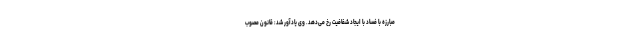
مبارزه با فساد با ایجاد شفافیت رخ می‌دهد. وی یادآور شد: قانون مصوب